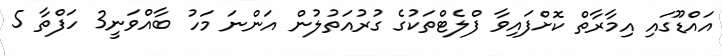
އައްޑޫގައި އިމާރާތް ކޮށްފައިވާ ފްލެޓްތަކުގެ ގުރުއަތުލުން އަންނަ މަހު ބާއްވަނީ3 ހަފްތާ 5